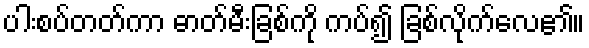
ပါးစပ်တတ်ကာ ဓာတ်မီးခြစ်ကို ကပ်၍ ခြစ်လိုက်လေ၏။